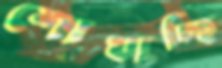
শোখাচ্ছি